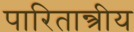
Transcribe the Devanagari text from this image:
पारितान्त्रीय